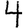
Digit: 4